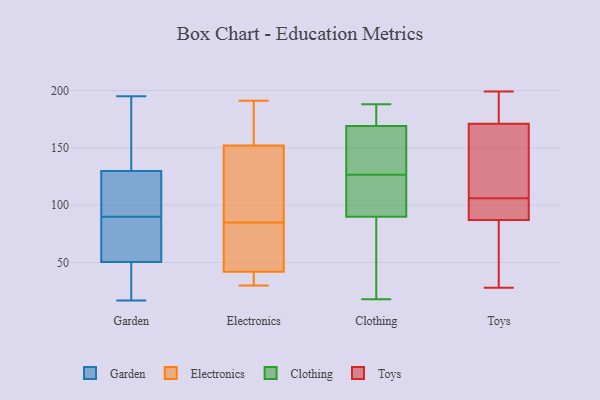
{"axis": {"x": "Humidity (%)", "y": "Value"}, "legend": ["Clothing", "Electronics", "Garden", "Toys"], "data": [{"x": "", "y": 133, "type": "Garden"}, {"x": "", "y": 120, "type": "Garden"}, {"x": "", "y": 90, "type": "Garden"}, {"x": "", "y": 195, "type": "Garden"}, {"x": "", "y": 137, "type": "Garden"}, {"x": "", "y": 82, "type": "Garden"}, {"x": "", "y": 74, "type": "Garden"}, {"x": "", "y": 17, "type": "Garden"}, {"x": "", "y": 32, "type": "Garden"}, {"x": "", "y": 29, "type": "Garden"}, {"x": "", "y": 99, "type": "Garden"}, {"x": "", "y": 106, "type": "Garden"}, {"x": "", "y": 93, "type": "Garden"}, {"x": "", "y": 42, "type": "Garden"}, {"x": "", "y": 55, "type": "Garden"}, {"x": "", "y": 178, "type": "Garden"}, {"x": "", "y": 49, "type": "Garden"}, {"x": "", "y": 153, "type": "Garden"}, {"x": "", "y": 67, "type": "Garden"}, {"x": "", "y": 152, "type": "Electronics"}, {"x": "", "y": 152, "type": "Electronics"}, {"x": "", "y": 49, "type": "Electronics"}, {"x": "", "y": 31, "type": "Electronics"}, {"x": "", "y": 35, "type": "Electronics"}, {"x": "", "y": 90, "type": "Electronics"}, {"x": "", "y": 177, "type": "Electronics"}, {"x": "", "y": 80, "type": "Electronics"}, {"x": "", "y": 191, "type": "Electronics"}, {"x": "", "y": 61, "type": "Electronics"}, {"x": "", "y": 30, "type": "Electronics"}, {"x": "", "y": 100, "type": "Electronics"}, {"x": "", "y": 18, "type": "Clothing"}, {"x": "", "y": 133, "type": "Clothing"}, {"x": "", "y": 154, "type": "Clothing"}, {"x": "", "y": 90, "type": "Clothing"}, {"x": "", "y": 169, "type": "Clothing"}, {"x": "", "y": 120, "type": "Clothing"}, {"x": "", "y": 187, "type": "Clothing"}, {"x": "", "y": 78, "type": "Clothing"}, {"x": "", "y": 117, "type": "Clothing"}, {"x": "", "y": 188, "type": "Clothing"}, {"x": "", "y": 77, "type": "Toys"}, {"x": "", "y": 199, "type": "Toys"}, {"x": "", "y": 171, "type": "Toys"}, {"x": "", "y": 171, "type": "Toys"}, {"x": "", "y": 74, "type": "Toys"}, {"x": "", "y": 87, "type": "Toys"}, {"x": "", "y": 136, "type": "Toys"}, {"x": "", "y": 65, "type": "Toys"}, {"x": "", "y": 187, "type": "Toys"}, {"x": "", "y": 87, "type": "Toys"}, {"x": "", "y": 192, "type": "Toys"}, {"x": "", "y": 88, "type": "Toys"}, {"x": "", "y": 133, "type": "Toys"}, {"x": "", "y": 173, "type": "Toys"}, {"x": "", "y": 88, "type": "Toys"}, {"x": "", "y": 28, "type": "Toys"}, {"x": "", "y": 105, "type": "Toys"}, {"x": "", "y": 107, "type": "Toys"}]}